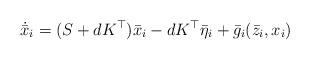
LaTeX: \begin{align*}\dot{\bar x}_{i}=(S+dK^{\top})\bar x_i-dK^{\top}\bar \eta_i+\bar g_i(\bar z_i,x_i)\end{align*}